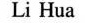
Li Hua